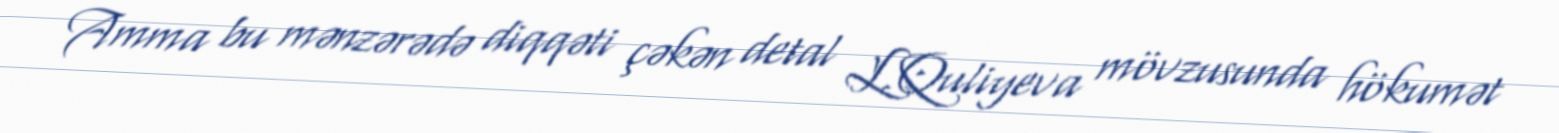
Amma bu mənzərədə diqqəti çəkən detal L.Quliyeva mövzusunda hökumət